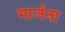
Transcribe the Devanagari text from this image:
मार्जना